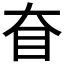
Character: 𰥎